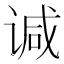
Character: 𫍯